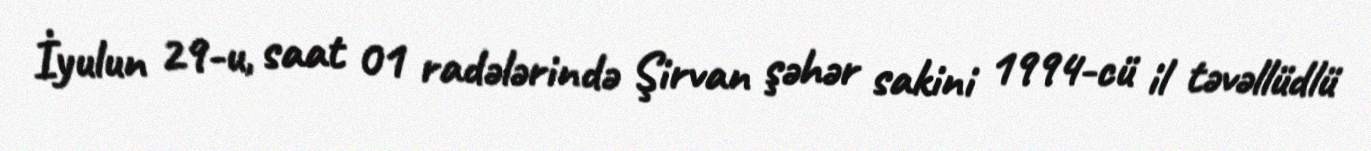
İyulun 29-u, saat 01 radələrində Şirvan şəhər sakini 1994-cü il təvəllüdlü